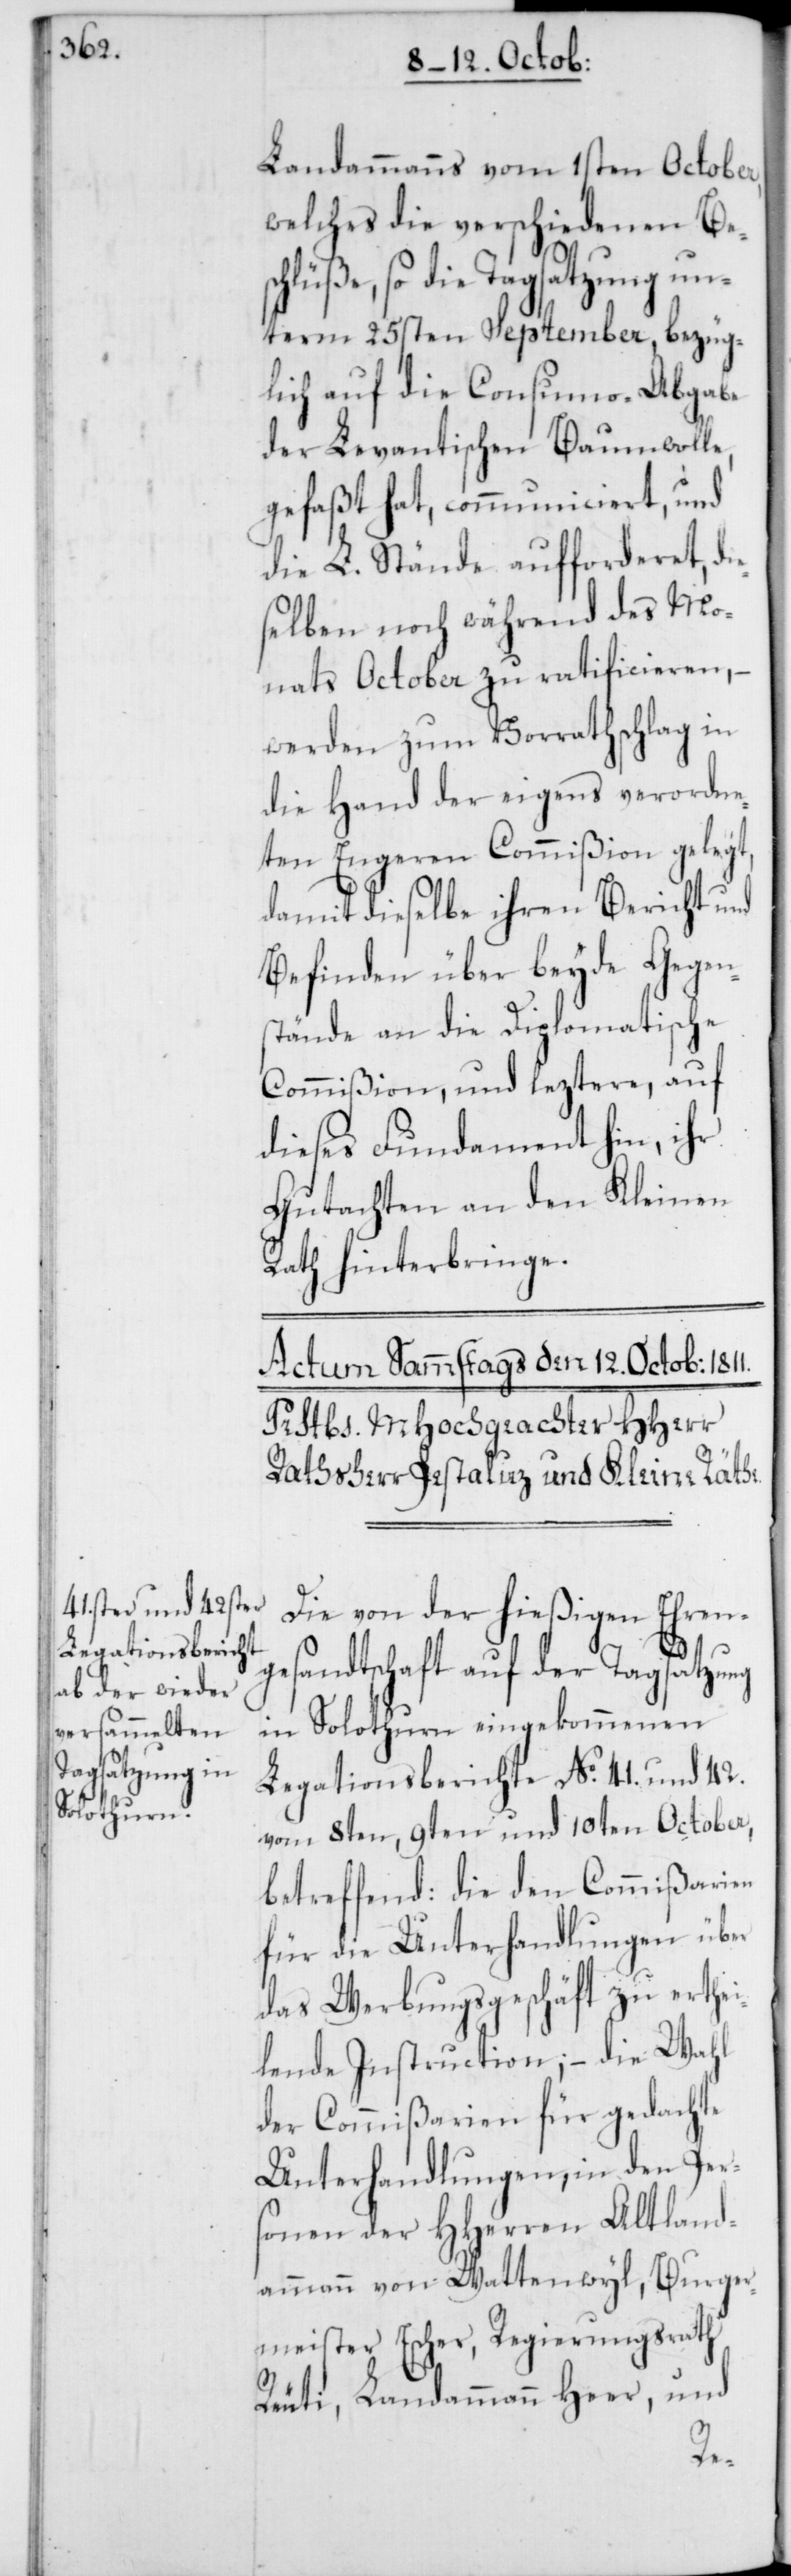
Landammanns vom 1sten October,
welches die verschiedenen Be¬
schlüße, so die Tagsatzung un¬
term 25sten September, bezüg¬
lich auf die Consumo-Abgabe
der Levantischen Baumwolle,
gefaßt hat, communiciert, und
die L. Stände aufforderet, die¬
selben noch während des Mo¬
nats October zu ratificieren, –
werden zum Vorrathschlag in
die Hand der eigens verordne¬
ten Engeren Commißion gelegt,
damit dieselbe ihren Bericht und
Befinden über beyde Gegen¬
stände an die Diplomatische
Commißion, und leztere, auf
dieses Fundament hin, ihr
Gutachten an den Kleinen
Rath hinterbringe.
Die von der hießigen Ehren¬
gesandtschaft auf der Tagsatzung
in Solothurn eingekommenen
Legationsberichte No. 41. und 42.
vom 8ten, 9ten und 10ten October,
betreffend: die den Commißarien
für die Unterhandlungen über
das Werbungsgeschäft zu erthei¬
lende Instruction; – die Wahl
der Commißarien für gedachte
Unterhandlungen, in den Per¬
sonen der HHerren Altland¬
ammann von Wattenwyl, Burger¬
meister Escher, Regierungsrath
Reuti, Landammann Heer, und